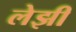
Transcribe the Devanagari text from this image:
लेझी